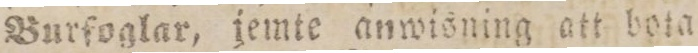
Burfoglar, jemte anwisning att bota